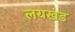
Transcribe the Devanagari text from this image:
लयखंड